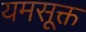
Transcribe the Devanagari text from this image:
यमसूक्त